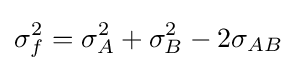
\sigma _{f}^{2}=\sigma _{A}^{2}+\sigma _{B}^{2}-2\sigma _{AB}